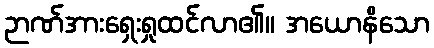
ဉာဏ်အားရှေးရှုထင်လာ၏။ အယောနိသော